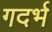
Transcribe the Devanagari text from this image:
गदर्भ